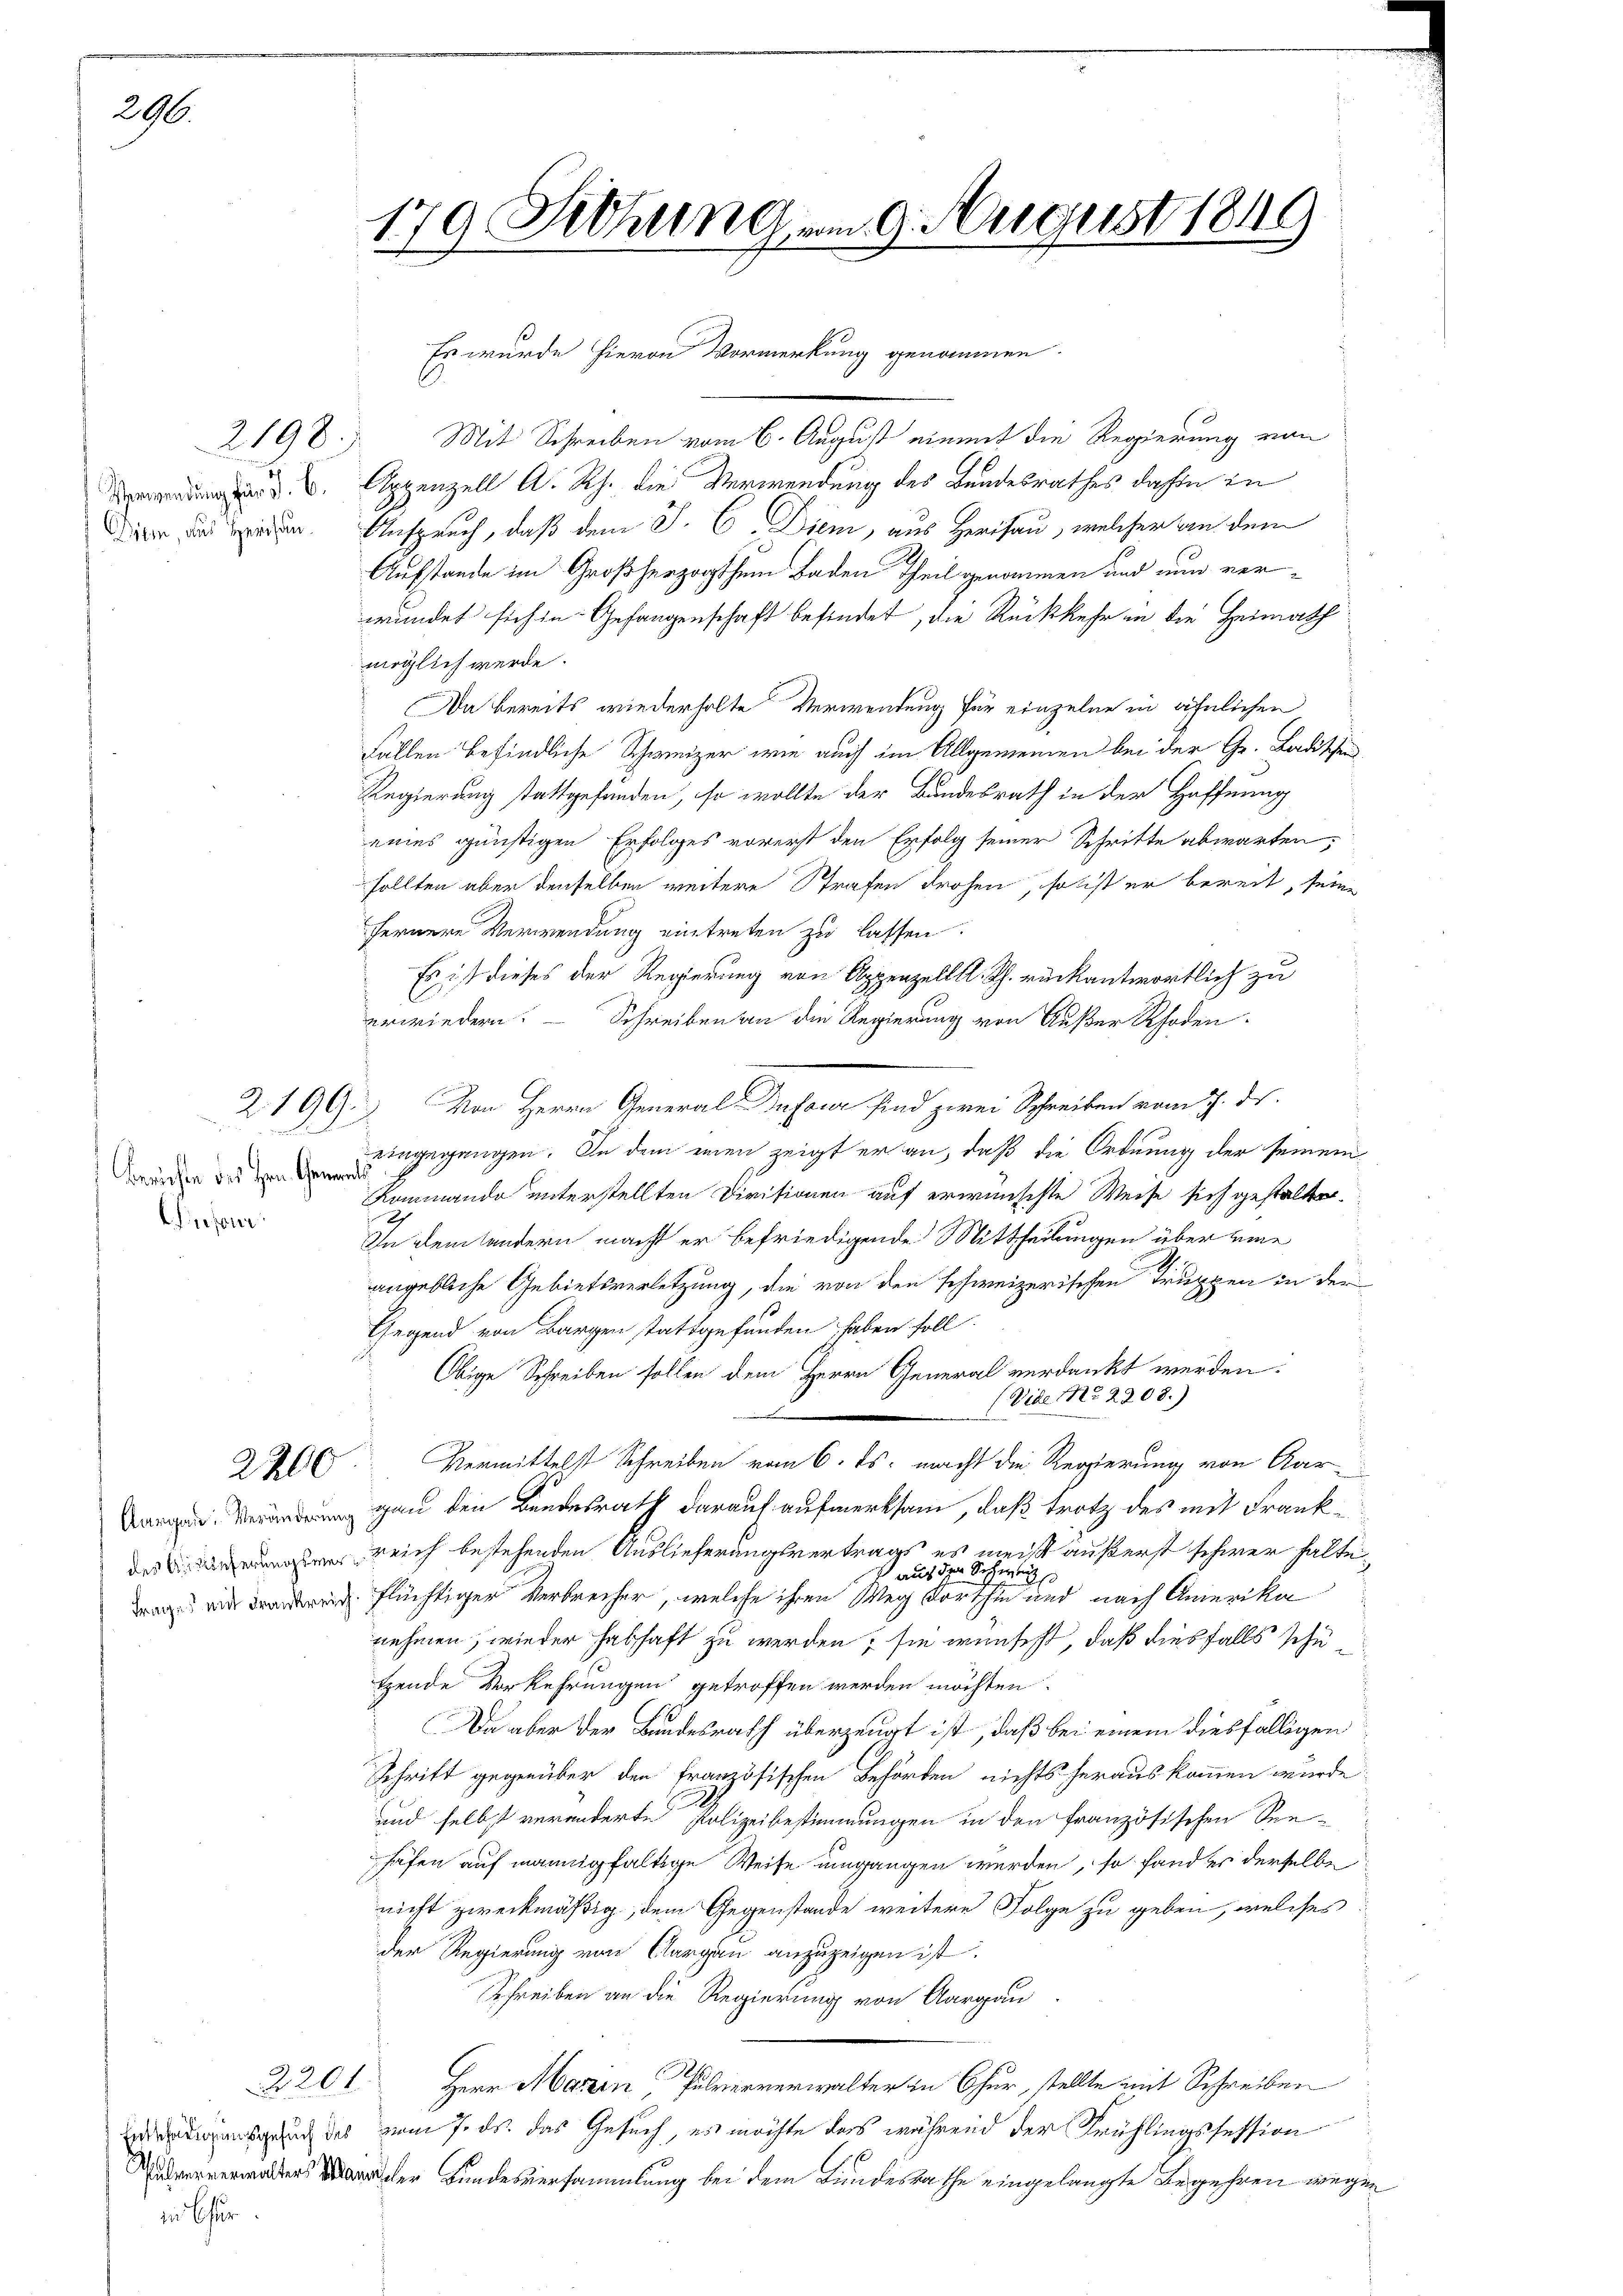
296.

Verwendung für J. C.
iten, aus Herisau.

Berichte des Hrn. Gene
Prefeuer

2198.

2200

2201.
in befür

9 Sichung vom 9. August 1849
t

Es wurde hievon Vormerkung genommen.
Mit Schreiben vom 6. August einmit die Regierung von
Appenzell A. Rh. die Verwendung des Bundesrathes dahin zu
Anspruch, daß dem J. C. Diem, aus Herisau, welcher an dem
Aufstande im Großherzogthum Baden Theil genommen und nun verwundet sich in Gefangenschaft befindet, die Rückkehr in die Heimath
möglich werde.
Da bereits wiederholte Verwendung für einzelne in ähnlichen
Fällen befindliche Schweizer wie auch im Allgemeinen bei der Gr. Ladischen
Regierung stattgefunden, so wollte der Bundesrath in der Hoffnung
eines günstigen Erfolges vorerst den Erfolg seiner Schritte abwarten,
sollten aber denselben weitere Strafen drohen, so ist er bereit, seine
fernere Verwendung eintreten zu lassen.
Es ist dieses der Regierung von Appenzell l. Th. rückantwortlich zu
erwiedern. Schreiben an die Regierung von Außer Rhoden-
2199. Von Herrn General-Dufour sind zwei Schreiben vom 7. ds.
eingegangen. In dem einen zeigt er an, daß die Ordnung der seinem
wirts
Kommando unterstellten Divisionen auf erwünschte Weise sich gestalten.
E
In dem sondern macht er befriedigende Mittheilungen über eine
angebliche Gebietsverletzung, die von den schweizerischen Truppen in der
Gegend von Bargen stattgefunden haben soll.
Obige Schreiben sollen dem Herrn General verdankt werden:
(Vide No 2208.)

Vermittelst Schreiben vom 6. ds. macht die Regierung von Aar
gau den Bundesrath darauf aufmerksam, daß trotz des mit Frank¬
 reich bestehenden Auslieferungsvertrags es meist äußerst schwer haltean Sachen
auch d
flüchtiger Verbrecher, welche ihren Weg dorthin und nach Amerika
nehmen, wieder Falschaft zu werden, sie wünscht, daß diesfalls schu
tzende Vorkehrungen getroffen werden möchten.
Da aber der Bundesrath überzeugt ist, daß bei einem diesfälligen
Schritt gegenüber den französischen Behörden nichts heraus kommen wurde
und selbst veränderte Polizeibestimmungen in den französischen Seehafen auf mannigfaltige Weise umgangen werden, so fand es derselbe
nicht zweckmäßig, dem Gegenstande weitere Folge zu geben, welches
der Regierung von Aargau anzuzeigen ist.
Schreiben an die Regierung von Aargau
Herr Marzen, Pulververwalter in Chur, stellte mit Schreiben
ngung des zum 7. ds. das Gesuch, es möchte dass während der Frühlingsfession
oder erscher Bundesversammlung bei dem Bundesrathe eingelangte Begehren wegen